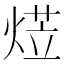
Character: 𭵋